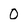
Character: 0